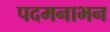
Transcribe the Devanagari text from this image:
पदमनाभन